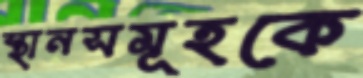
স্থানসমূহকে